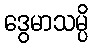
ဒွေမာသမ္ပိ